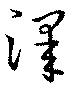
沢